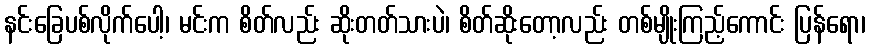
နင်းခြေပစ်လိုက်ပေါ့၊ မင်းက စိတ်လည်း ဆိုးတတ်သားပဲ၊ စိတ်ဆိုးတော့လည်း တစ်မျိုးကြည့်ကောင်း ပြန်ရော၊